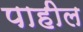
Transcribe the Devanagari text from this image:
पाहील